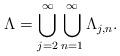
LaTeX: \begin{align*}\Lambda = \bigcup_{j = 2}^{\infty} \bigcup_{n = 1}^{\infty}\Lambda_{j,n}.\end{align*}